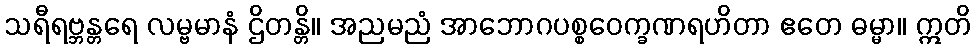
သရီရဗ္ဘန္တရေ လမ္ဗမာနံ ဌိတန္တိ။ အညမညံ အာဘောဂပစ္စဝေက္ခဏရဟိတာ ဧတေ ဓမ္မာ။ ဣတိ